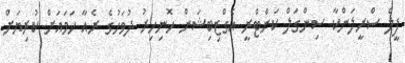
ފީލް ސްރީލަންކާ ސިންގަލް ކަންޓްރީ އެގްޒިބިޝަން ހޮނިހިރު ދުވަހުގެ ރެއާ ހަމައަށް ކުރިޔަށް